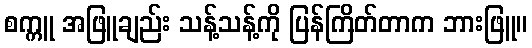
စက္ကူ အဖြူချည်း သန့်သန့်ကို ပြန်ကြိတ်တာက ဘားဖြူ။